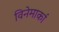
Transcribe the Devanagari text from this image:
विनेमार्का